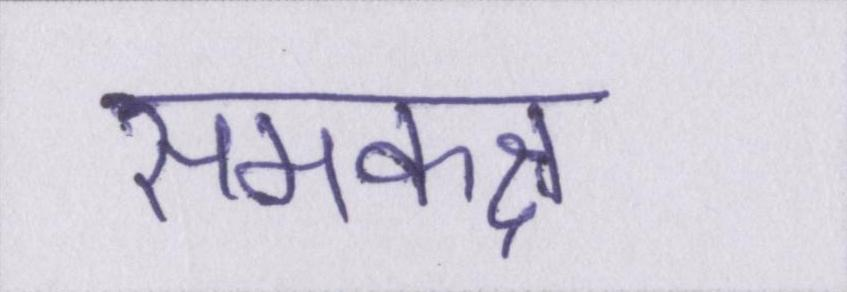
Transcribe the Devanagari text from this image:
समकक्ष